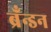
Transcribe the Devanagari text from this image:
ब्रँन्डन